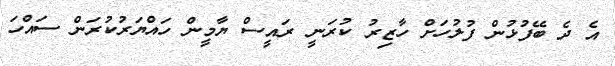
އެ ދެ ބޭފުޅުން ފުލުހަށް ހާޒިރު ކުރަނީ ރައީސް ޔާމީން ހައްޔަރުކުރަން ސައްހަ